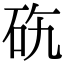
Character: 𥑅